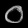
Digit: ၀